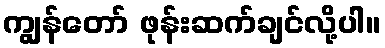
ကျွန်တော် ဖုန်းဆက်ချင်လို့ပါ။